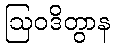
ဩဝဒိတွာန